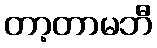
တာ့တာမဘီ